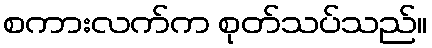
စကားလက်က စုတ်သပ်သည်။